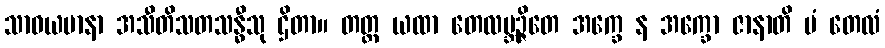
သာဓယမာနာ အသီတိသတသန္ဓီသု ဌိတာ။ တတ္ထ ယထာ တေလဗ္ဘဉ္ဇိတေ အက္ခေ န အက္ခော ဇာနာတိ မံ တေလံ